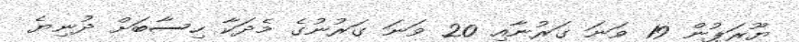
ޔޫރަޕުން 19 ވަނަ ގަރުނާއި 20 ވަނަ ގަރުނުގެ މެދަކާ ހިސާބަށް ދުނިޔެ